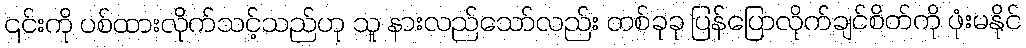
၎င်းကို ပစ်ထားလိုက်သင့်သည်ဟု သူ နားလည်သော်လည်း တစ်ခုခု ပြန်ပြောလိုက်ချင်စိတ်ကို ဖုံးမနိုင်